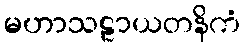
မဟာသဠာယတနိကံ